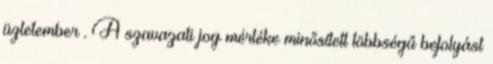
üzletember . A szavazati jog mértéke minősített többségű befolyást